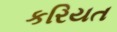
કરિયત